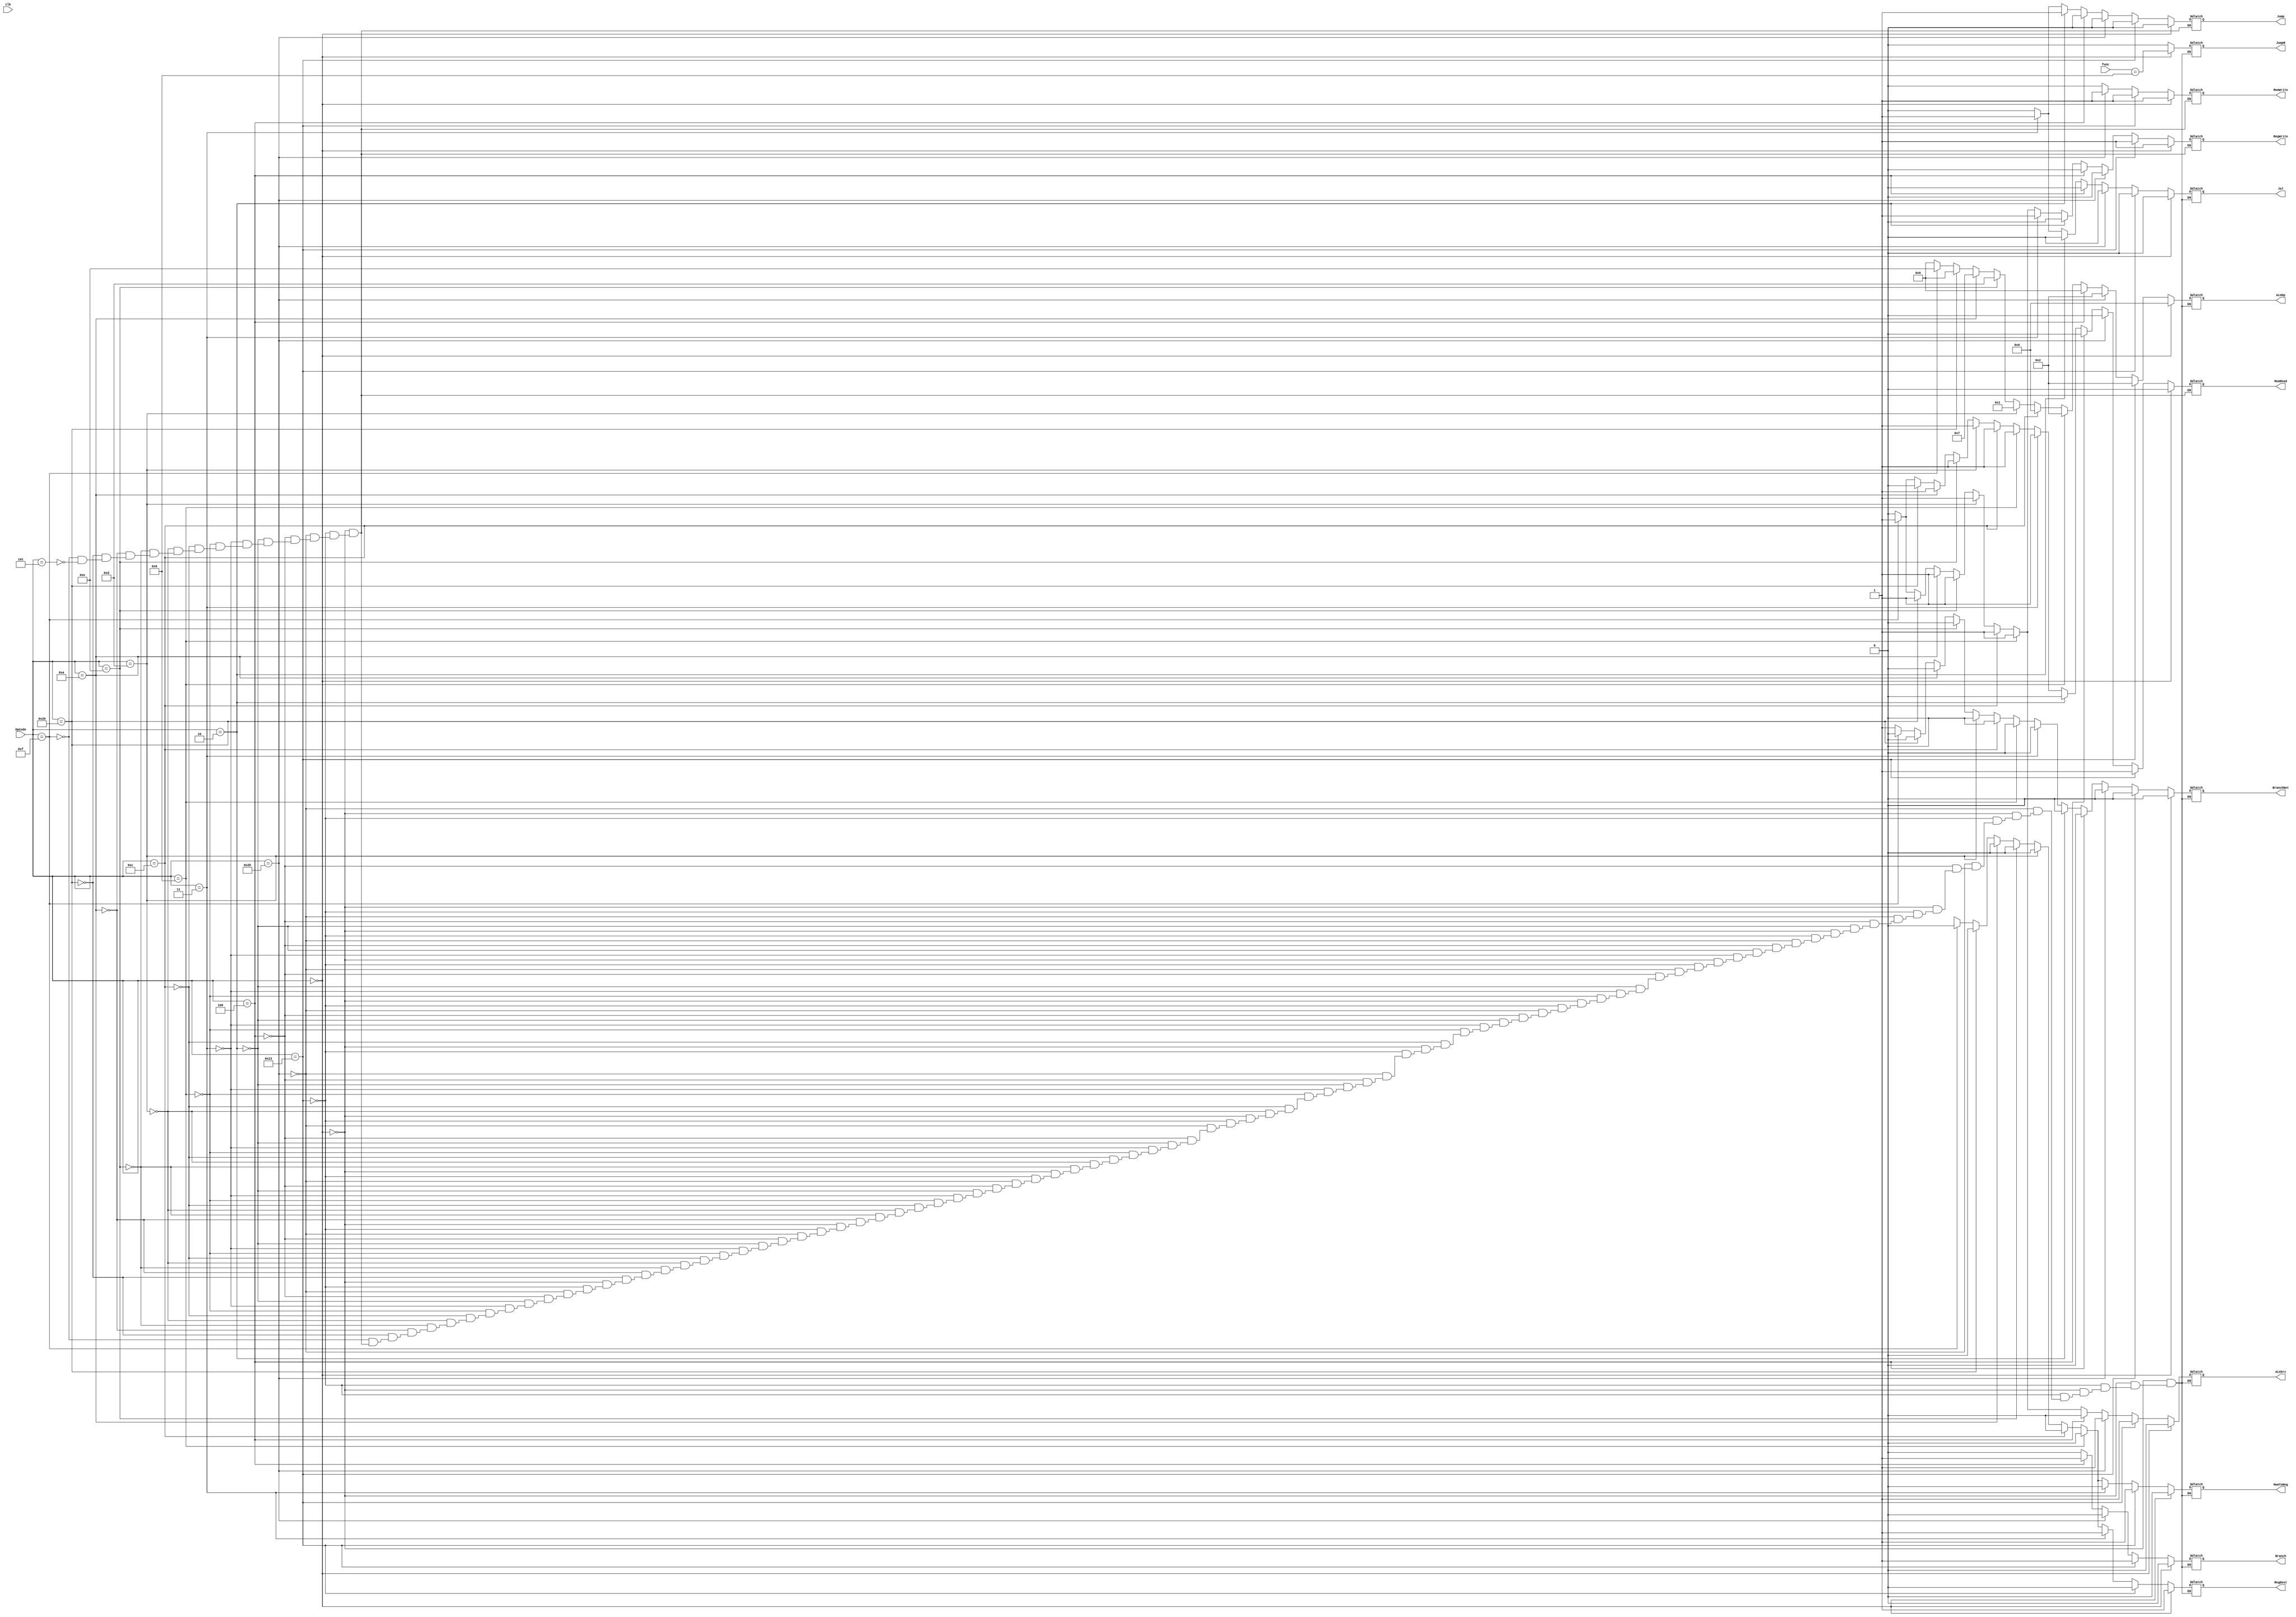
module Control(OpCode, func, RegDest, Branch, BranchNot, MemRead, MemToReg, ALUOp, MemWrite, ALUSrc, RegWrite, Jump, JumpR, Jal, clk);
	input clk;
	input [5:0] OpCode, func;
	output reg RegDest, Branch, BranchNot, MemRead, MemToReg, MemWrite, ALUSrc, RegWrite, Jump, JumpR, Jal;
	output reg [3:0]ALUOp;
	
	initial begin
		{RegDest, Branch, MemRead, MemToReg, MemWrite, ALUSrc, RegWrite, Jump} <= 00000000;
		ALUOp = 0;
		BranchNot = 0;
		JumpR = 0;
	end
	
	always @(OpCode or func)
	begin
		if(OpCode == 0)       // OpCode of R type
		begin
			{Branch, MemRead, MemWrite, ALUSrc, RegWrite, Jump}
			<= 000010;
			MemToReg = 0;
			RegDest = 1;
			ALUOp = 4'b0000;
			BranchNot = 0;
			JumpR = (func == 8);
			Jal = 0;
		end
		else if(OpCode == 35) // OpCode of the LW
		begin
			{ Branch, MemRead, MemWrite, ALUSrc, RegWrite, Jump}
			<= 010110;
			MemToReg = 1;
			RegDest = 0;
			ALUOp = 4'b0010;
			BranchNot = 0;
			JumpR = 0;
			Jal = 0;
		end
		else if(OpCode == 43) // OpCode of the SW
		begin
			{Branch, MemRead, MemWrite, ALUSrc, RegWrite, Jump}
			<= 001100; // RegDest and MemToReg are dont cares
			RegDest = 1'bx;
			MemToReg = 1'bx;
			ALUOp = 4'b0010;
			BranchNot = 0;
			JumpR = 0;
			Jal = 0;
		end
		else if(OpCode == 4) // OpCode of the beq
		begin
			{Branch, MemRead, MemWrite, ALUSrc, RegWrite, Jump}
			<= 100000; // RegDest and MemToReg are dont cares
			RegDest = 1'bx;
			MemToReg = 1'bx;
			ALUOp = 4'b0110;
			BranchNot = 0;
			JumpR = 0;
			Jal = 0;
		end
		else if (OpCode == 2) // opcode of the jump 
		begin
			{MemRead, MemWrite, RegWrite, Jump}
			<= 0001;
			ALUSrc =1'bx;
			Branch = 1'bx;
			RegDest = 1'bx;	
			MemToReg = 1'bx;
			ALUOp = 4'bxxxx;
			BranchNot = 0;
			JumpR = 0;
			Jal = 0;
		end
		else if (OpCode == 3) // opcode of the jal
		begin
			{ MemRead, MemWrite, RegWrite, Jump} <= 0011;
			Branch = 1'b0;
			ALUSrc = 1'bx;
			RegDest = 1'b1;	
			MemToReg = 0;
			ALUOp = 4'bxxxx;
			BranchNot = 0;
			JumpR = 0;
			Jal = 1;
		end
		else if (OpCode == 8) // addi
		begin
			{ MemRead, MemWrite, RegWrite, Jump} <= 0010;
			Branch = 0;
			ALUSrc = 1;
			RegDest = 0;
			MemToReg = 0;
			ALUOp = 4'b0010;
			BranchNot = 0;
			JumpR = 0;
			Jal = 0;
		end
		
		else if (OpCode == 12) // andi
		begin
			{ MemRead, MemWrite, RegWrite, Jump} <= 0010;
			Branch = 0;
			ALUSrc = 1;
			RegDest = 0;
			MemToReg = 0;
			ALUOp = 4'b0000;
			BranchNot = 0;
			JumpR = 0;
			Jal = 0;
		end
		else if (OpCode == 13) // ori
		begin
			{ MemRead, MemWrite, RegWrite, Jump} <= 0010;
			Branch = 0;
			ALUSrc = 1;
			RegDest = 0;
			MemToReg = 0;
			ALUOp = 4'b0001;
			BranchNot = 0;
			JumpR = 0;
			Jal = 0;
		end
		else if (OpCode == 14) // xori
		begin
			{ MemRead, MemWrite, RegWrite, Jump} <= 0010;
			Branch = 0;
			ALUSrc = 1;
			RegDest = 0;
			MemToReg = 0;
			ALUOp = 13;
			BranchNot = 0;
			JumpR = 0;
			Jal = 0;
		end
		else if (OpCode == 10) // slti
		begin
			{ MemRead, MemWrite, RegWrite, Jump} <= 0010;
			Branch = 0;
			ALUSrc = 1;
			RegDest = 0;
			MemToReg = 0;
			ALUOp = 7;
			BranchNot = 0;
			JumpR = 0;
			Jal = 0;
		end
		else if (OpCode == 32) // lb
		begin
			{ MemRead, MemWrite, RegWrite, Jump} <= 1010;
			Branch = 0;
			ALUSrc = 1;
			RegDest = 0;
			MemToReg = 0;
			ALUOp = 4'b0110;
			BranchNot = 0;
			JumpR = 0;
			Jal = 0;
		end
		else if (OpCode == 15) // lui
		begin
			{ MemRead, MemWrite, RegWrite, Jump} <= 0010;
			Branch = 0;
			ALUSrc = 1;
			RegDest = 0;
			MemToReg = 0;
			ALUOp = 14;
			BranchNot = 0;
			JumpR = 0;
			Jal = 0;
		end
		else if (OpCode == 5) // bne
		begin
			{ MemRead, MemWrite, RegWrite, Jump} <= 0000;
			Branch = 0;
			ALUSrc = 1'b0;
			RegDest = 1'bx;
			MemToReg = 1'bx;
			ALUOp = 6;
			BranchNot = 1;
			JumpR = 0;
			Jal = 0;
		end
	end
endmodule